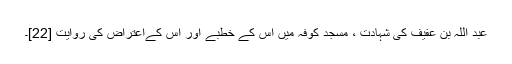
عبد اللہ بن عفیف کی شہادت ، مسجد کوفہ میں اس کے خطبے اور اس کےاعتراض کی روایت [22]۔